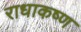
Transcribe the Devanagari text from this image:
राधाकष्‍ण